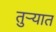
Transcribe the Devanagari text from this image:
तुऱ्यात